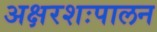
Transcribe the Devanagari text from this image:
अक्षरशःपालन